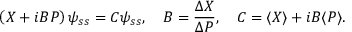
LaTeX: \left( X + i B P \right) \psi _ { s s } = C \psi _ { s s } , ~ ~ ~ B = \frac { \Delta X } { \Delta P } , ~ ~ ~ C = \langle X \rangle + i B \langle P \rangle .